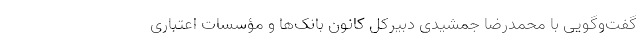
گفت‌وگویی با محمدرضا جمشیدی دبیرکل کانون بانک‌ها و مؤسسات اعتباری